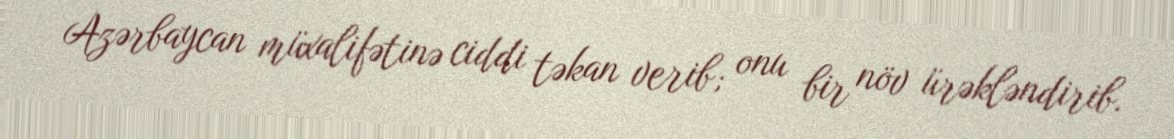
Azərbaycan müxalifətinə ciddi təkan verib; onu bir növ ürəkləndirib.